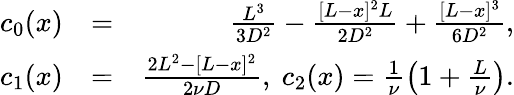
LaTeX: \begin{array}{rlr}{c_{0}(x)}&{=}&{\frac{L^{3}}{3D^{2}}-\frac{[L-x]^{2}L}{2D^{2}}+\frac{[L-x]^{3}}{6D^{2}},}\\ {c_{1}(x)}&{=}&{\frac{2L^{2}-[L-x]^{2}}{2\nu D},\ c_{2}(x)=\frac{1}{\nu}\left(1+\frac{L}{\nu}\right).}\end{array}